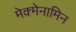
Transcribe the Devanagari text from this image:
मेक्मेनामिन